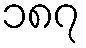
၁၈၇